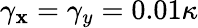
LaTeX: \gamma_{\mathbf{x}}=\gamma_{y}=0.01\kappa